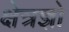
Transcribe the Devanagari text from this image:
क्षेत्रज्ञो